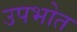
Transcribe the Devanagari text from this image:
उपभोत